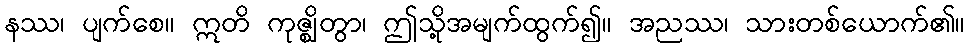
နဿ၊ ပျက်စေ။ ဣတိ ကုဇ္ဈိတွာ၊ ဤသို့အမျက်ထွက်၍။ အညဿ၊ သားတစ်ယောက်၏။